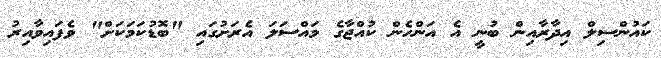
ކައުންސިލް އިދާރާއިން ބުނީ އެ އަންހެން ކުއްޖާގެ މައްސަލަ އެރަށުގައި "ބޮޑުކަމަކަށް" ވެފައިވާއިރު